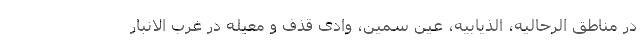
در مناطق الرحالیه، الذیابیه، عین سمین، وادی قذف و معیله در غرب الانبار